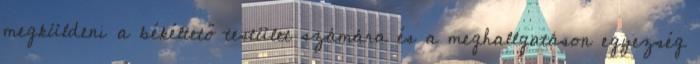
megküldeni a békéltető testület számára és a meghallgatáson egyezség